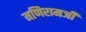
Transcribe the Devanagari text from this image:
मणिरामजी